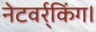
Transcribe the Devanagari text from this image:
नेटवर्र्किंग।